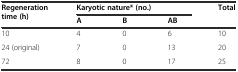
<table><thead><tr><td rowspan="2"><b>Regeneration time (h)</b></td><td colspan="3"><b>Karyotic nature*(no.)</b></td><td rowspan="2"><b>Total</b></td></tr><tr><td><b>A</b></td><td><b>B</b></td><td><b>AB</b></td></tr></thead><tbody><tr><td>10</td><td>4</td><td>0</td><td>6</td><td>10</td></tr><tr><td>24 (original)</td><td>7</td><td>0</td><td>13</td><td>20</td></tr><tr><td>72</td><td>8</td><td>0</td><td>17</td><td>25</td></tr></tbody></table>